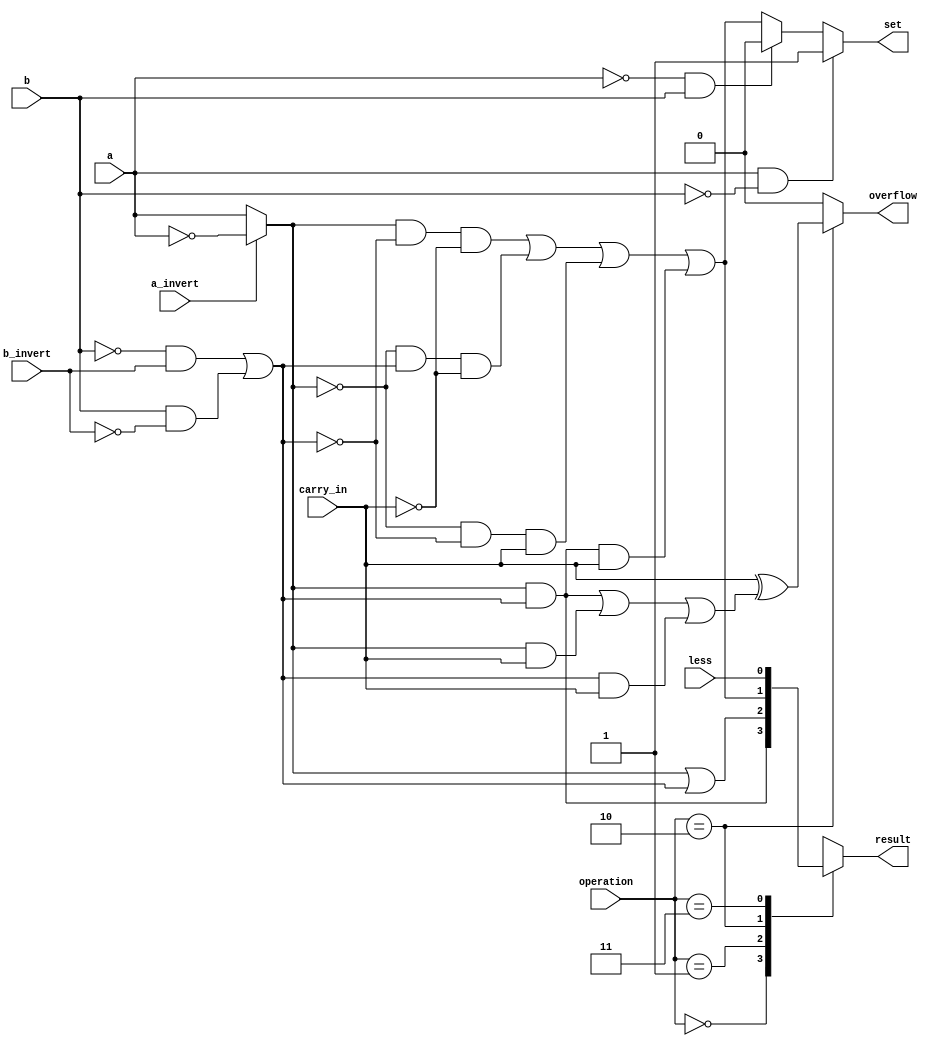
`timescale 1ns / 1ps

module msb_bit_alu (
    input        a,          // 1 bit, a
    input        b,          // 1 bit, b
    input        less,       // 1 bit, Less
    input        a_invert,   // 1 bit, Ainvert
    input        b_invert,   // 1 bit, Binvert
    input        carry_in,   // 1 bit, CarryIn
    input  [1:0] operation,  // 2 bit, Operation
    output reg   result,     // 1 bit, Result (Must it be a reg?)
    output       set,        // 1 bit, Set
    output       overflow    // 1 bit, Overflow
);
    wire ai, bi; 
    assign ai = (a_invert == 0) ? a : !a;
    assign bi = (!b & b_invert) | (b & !b_invert); 

    wire sum, carry_out;
    assign carry_out = (ai & bi) | (ai & carry_in) | (bi & carry_in);
    assign overflow  = (operation == 2'b10) ? carry_in ^ carry_out : 0;
    assign sum       = (ai & (!bi) & (!carry_in)) | ((!ai) & (bi) & (!carry_in)) | ((!ai) & (!bi) & (carry_in)) | (ai & bi & carry_in);
    assign set       = (a == 1 & b == 0)? 1 : ( a == 0 & b == 1)? 0 : sum;
    
    always @(*) begin  
        case (operation) 
            2'b00:   result <= ai & bi;  // AND
            2'b01:   result <= ai | bi;  // OR
            2'b10:   result <= sum;  // ADD
            2'b11:   result <= less;  // SLT
            default: result <= 0;  // should not happened
        endcase
    end

endmodule